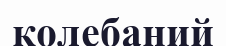
колебаний